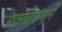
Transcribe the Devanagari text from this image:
अवलोकनानें